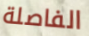
الفاصلة